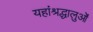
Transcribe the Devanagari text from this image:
यहांश्रद्धालुओं